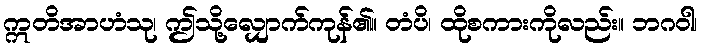
ဣတိအာဟံသု၊ ဤသို့လျှောက်ကုန်၏။ တံပိ၊ ထိုစကားကိုလည်း။ ဘဂဝါ၊